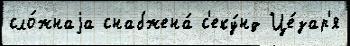
сло́жнаjа снабжена́ с'еку́нд Це́зар'я